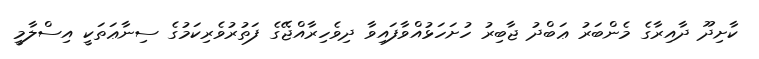
ކާށިދޫ ދާއިރާގެ މެންބަރު ޢަބްދު ޖާބިރު ހުށަހަޅުއްވާފައިވާ ދިވެހިރާއްޖޭގެ ފަތުރުވެރިކަމުގެ ސިނާޢަތަކީ އިސްލާމީ